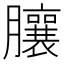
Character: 䑋